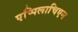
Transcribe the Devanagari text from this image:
एप्पिलाचिएन